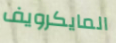
المايكرويف